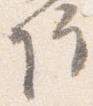
院